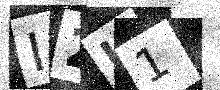
Text: I2U1